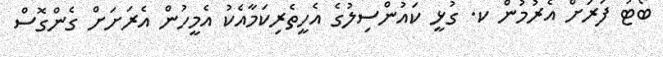
ބޯޓު ފަރަށް އެރުމުން ކ. ގުޅީ ކައުންސިލުގެ އެހީތެރިކަމާއެކު އެމީހުން އެރަށަށް ގެންގޮސް